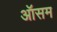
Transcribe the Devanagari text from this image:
ऑसम